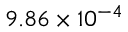
9 . 8 6 \times 1 0 ^ { - 4 }